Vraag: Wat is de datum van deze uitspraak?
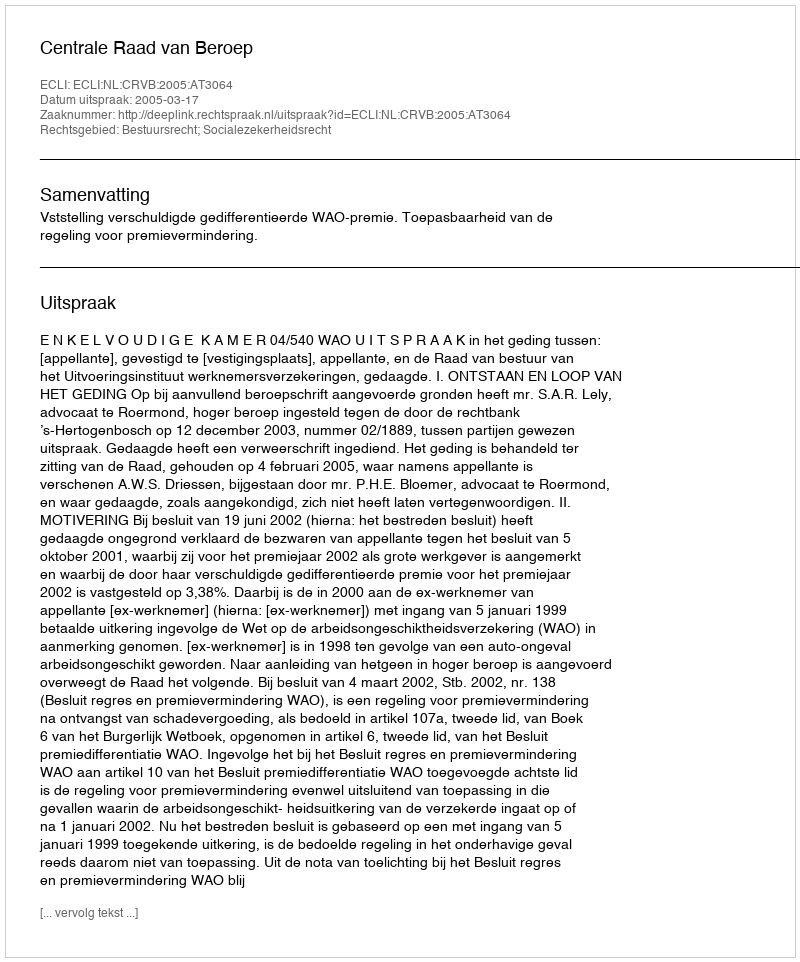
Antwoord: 2005-03-17